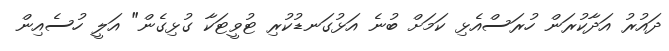
ދައުރު އަދާކުރަން ހުރަސްއެޅި ކަމަށް ބުނެ އަޅުގަނޑުކުރި ޓުވީޓަކާ ގުޅިގެން" އަލީ ހުސެއިން